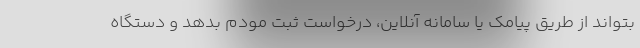
بتواند از طریق پیامک یا سامانه آنلاین، درخواست ثبت مودم بدهد و دستگاه